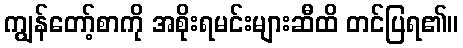
ကျွန်တော့်စာကို အစိုးရမင်းများဆီထိ တင်ပြရ၏။